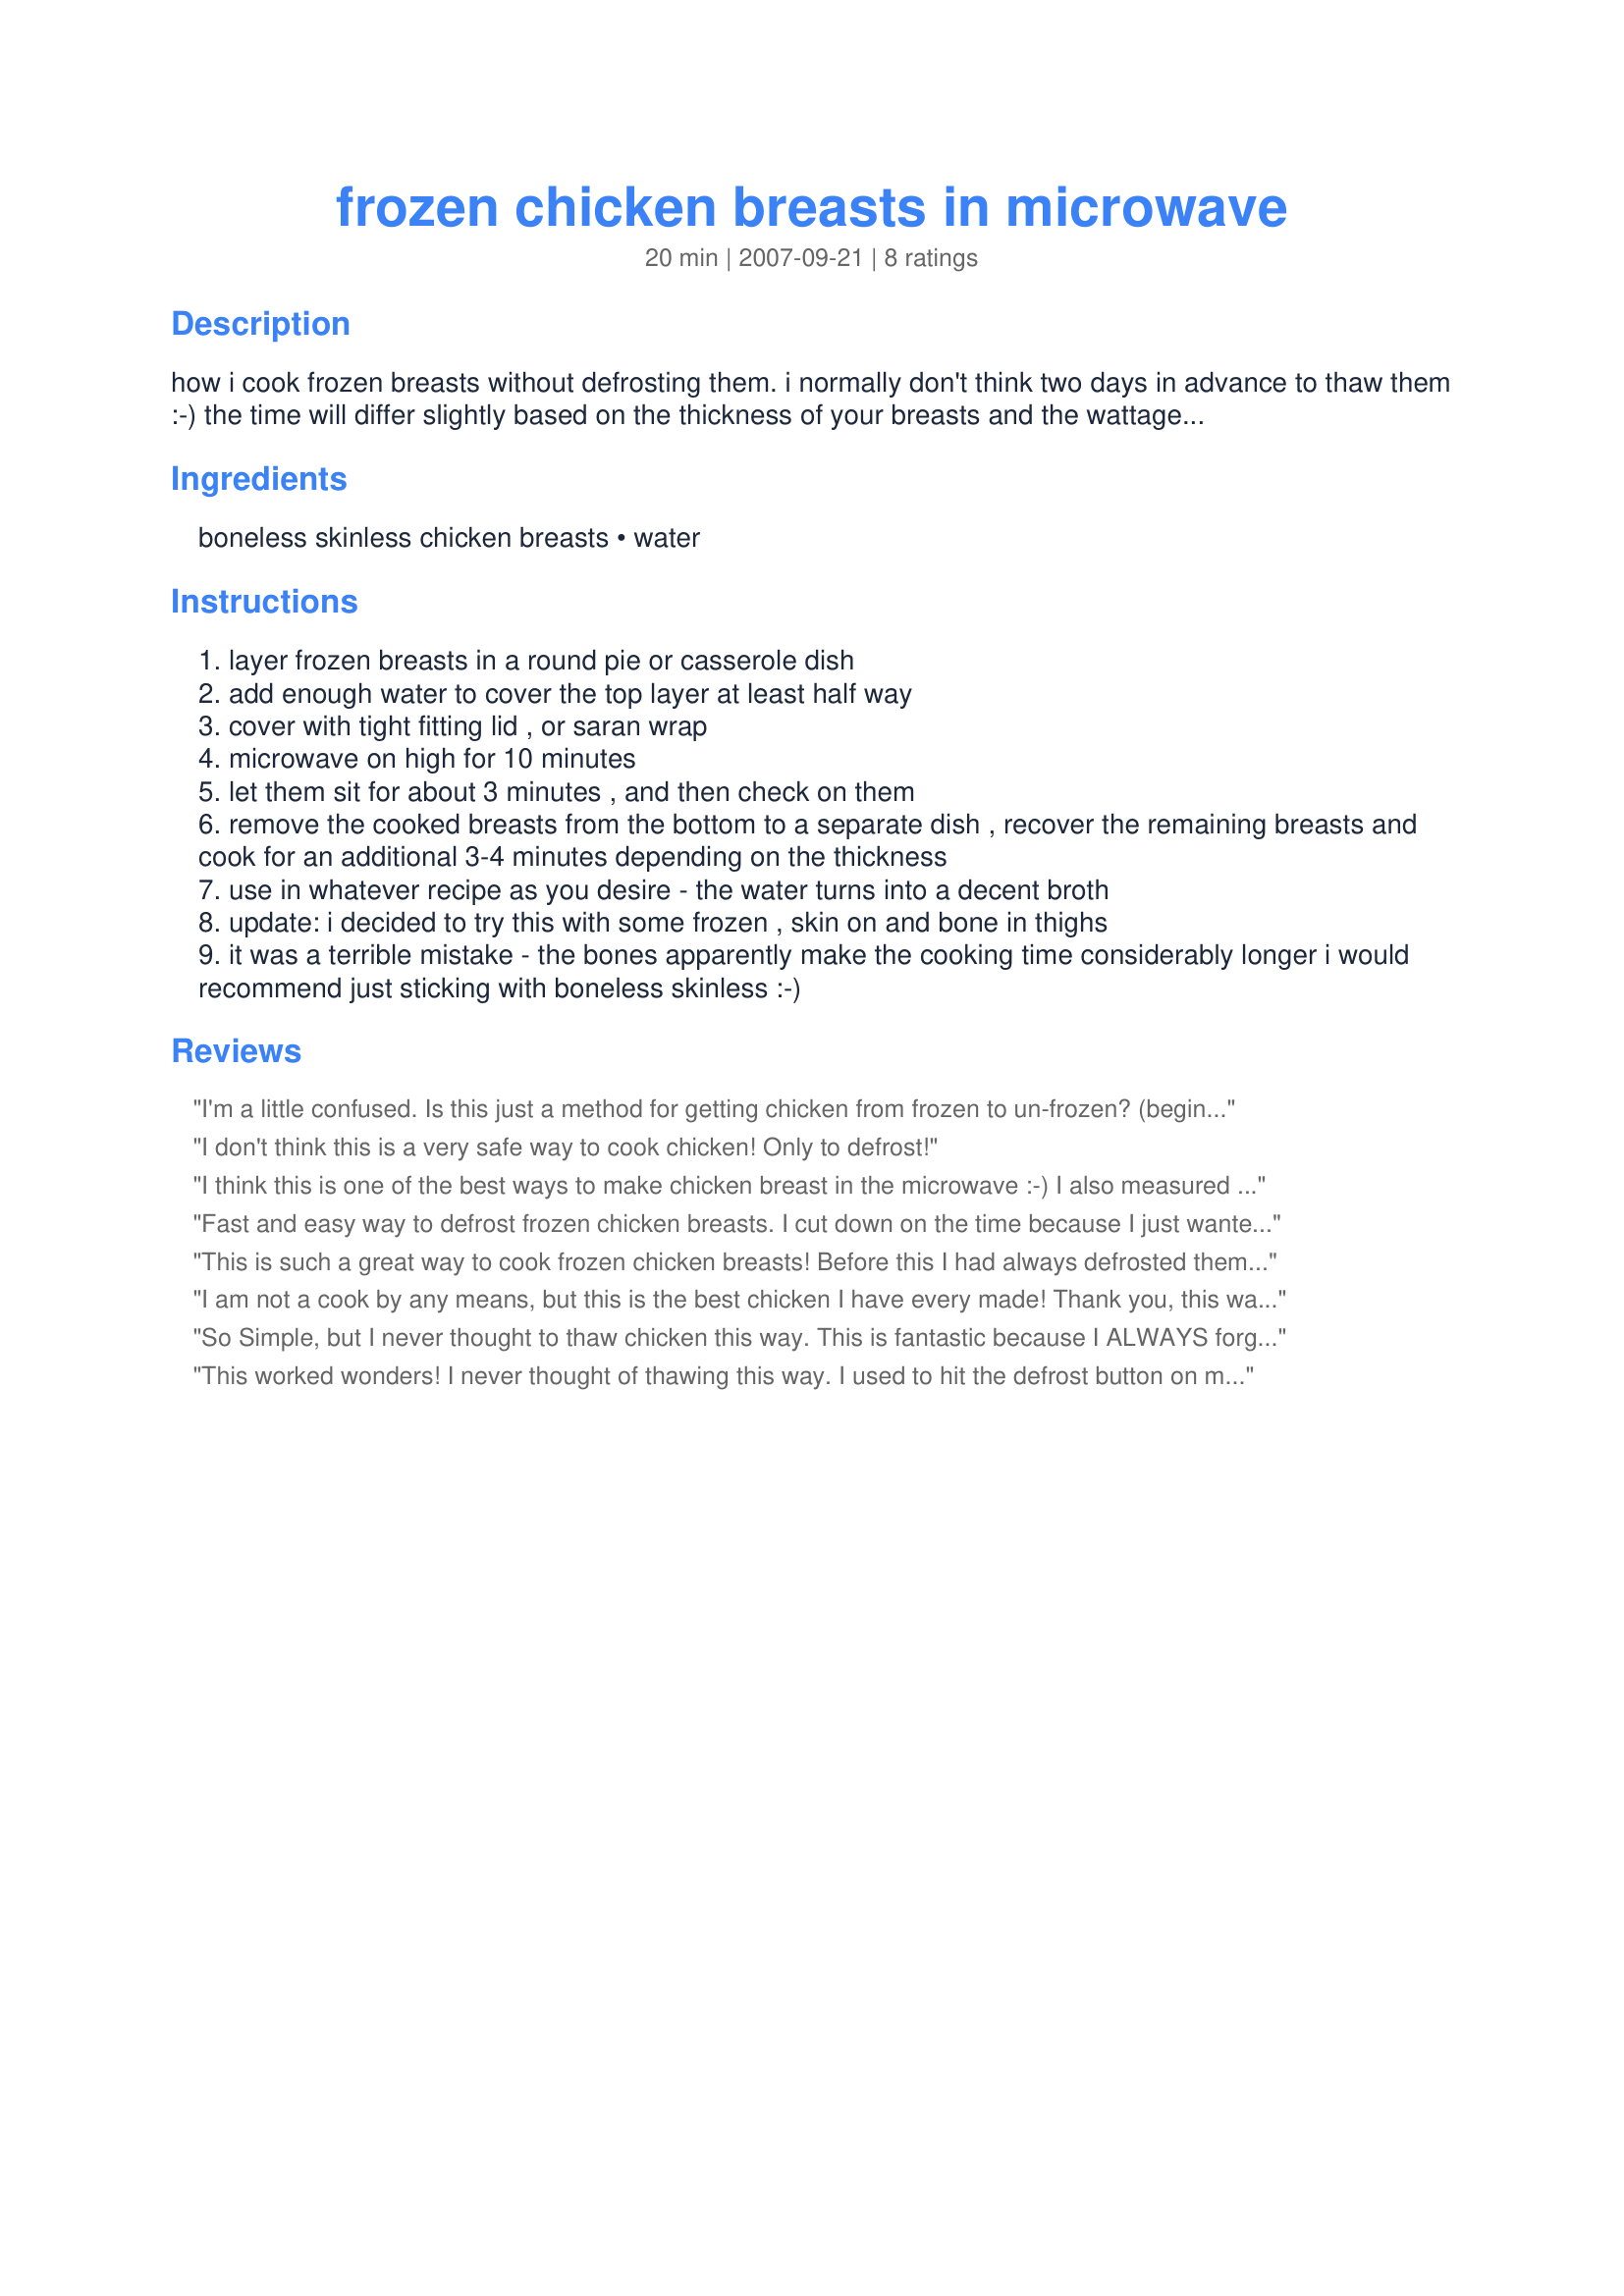
frozen chicken breasts in microwave
Preparation time: 20 minutes

how i cook frozen breasts without defrosting them. i normally don't think two days in advance to thaw them :-) the time will differ slightly based on the thickness of your breasts and the wattage of your microwave. iqf = individually quick frozen.

Ingredients:
boneless skinless chicken breasts, water

Steps:
layer frozen breasts in a round pie or casserole dish
add enough water to cover the top layer at least half way
cover with tight fitting lid , or saran wrap
microwave on high for 10 minutes
let them sit for about 3 minutes , and then check on them
remove the cooked breasts from the bottom to a separate dish , recover the remaining breasts and cook for an additional 3-4 minutes depending on the thickness
use in whatever recipe as you desire - the water turns into a decent broth
update: i decided to try this with some frozen , skin on and bone in thighs
it was a terrible mistake - the bones apparently make the cooking time considerably longer i would recommend just sticking with boneless skinless :-)

Reviews:
I'm a little confused. Is this just a method for getting chicken from frozen to un-frozen? (beginner). Susan
I don't think this is a very safe way to cook chicken! Only to defrost!
I think this is one of the best ways to make chicken breast in the microwave :-)
I also measured approximately how much water is added to cover the chicken, if I put 3 cups of water to cover the chicken, I add 1 boullion cube for flavor, and powdered spices of choice. That helps me keep my sodium intake low, but adds flavor to just eat right out of the microwave! Thanks for the great idea!
Fast and easy way to defrost frozen chicken breasts. I cut down on the time because I just wanted them thawed and not cooked. Worked perfect. Thanks!
This is such a great way to cook frozen chicken breasts! Before this I had always defrosted them in the microwave and then cooked them. This is much better, and the chicken doesn't dry out! Thank you so much!
I am not a cook by any means, but this is the best chicken I have every made! Thank you, this was so easy I will never buy Tyson's sodium loaded chicken again.
So Simple, but I never thought to thaw chicken this way. This is fantastic because I ALWAYS forget to get the chicken out the night before. It really worked well! An awesome, time-saving tip!!
This worked wonders! I never thought of thawing this way. I used to hit the defrost button on my microwave and ended up with chicken that was gray and hard cooked on the outside and still frozen on the inside. This is great. Thanks!
